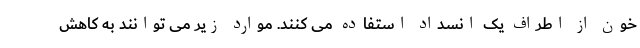
خون از اطراف یک انسداد استفاده می کنند. موارد زیر می توانند به کاهش